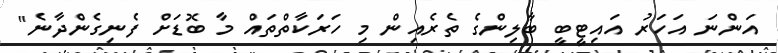
އަންނަ އަހަރު އައިޓީބީ ބާލިންގެ ތެރެއިން މި ހަރަކާތްތައް މާ ބޮޑަށް ފެނިގެންދާނެ"